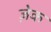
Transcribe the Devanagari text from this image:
ज़ेक